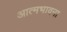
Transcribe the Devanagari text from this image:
आत्मभावना